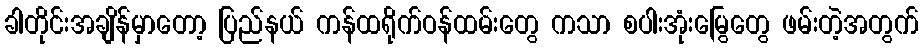
ခါတိုင်းအချိန်မှာတော့ ပြည်နယ် ကန်ထရိုက်ဝန်ထမ်းတွေ ကသာ စပါးအုံးမြွေတွေ ဖမ်းတဲ့အတွက်